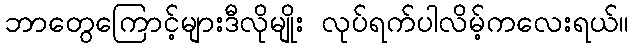
ဘာတွေကြောင့်များဒီလိုမျိုး လုပ်ရက်ပါလိမ့်ကလေးရယ်။